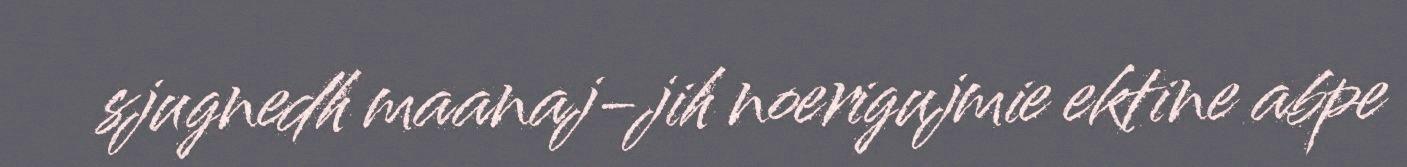
sjugnedh maanaj-jih noerigujmie ektine abpe